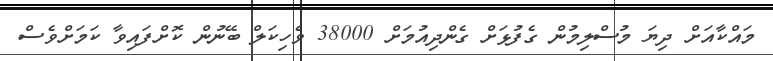
މައްކާއަށް ދިޔަ މުސްލިމުން ގެފުޅަށް ގެންދިއުމަށް 38000 ވެހިކަލް ބޭނުން ކޮށްފައިވާ ކަމަށްވެސް